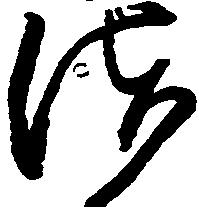
清